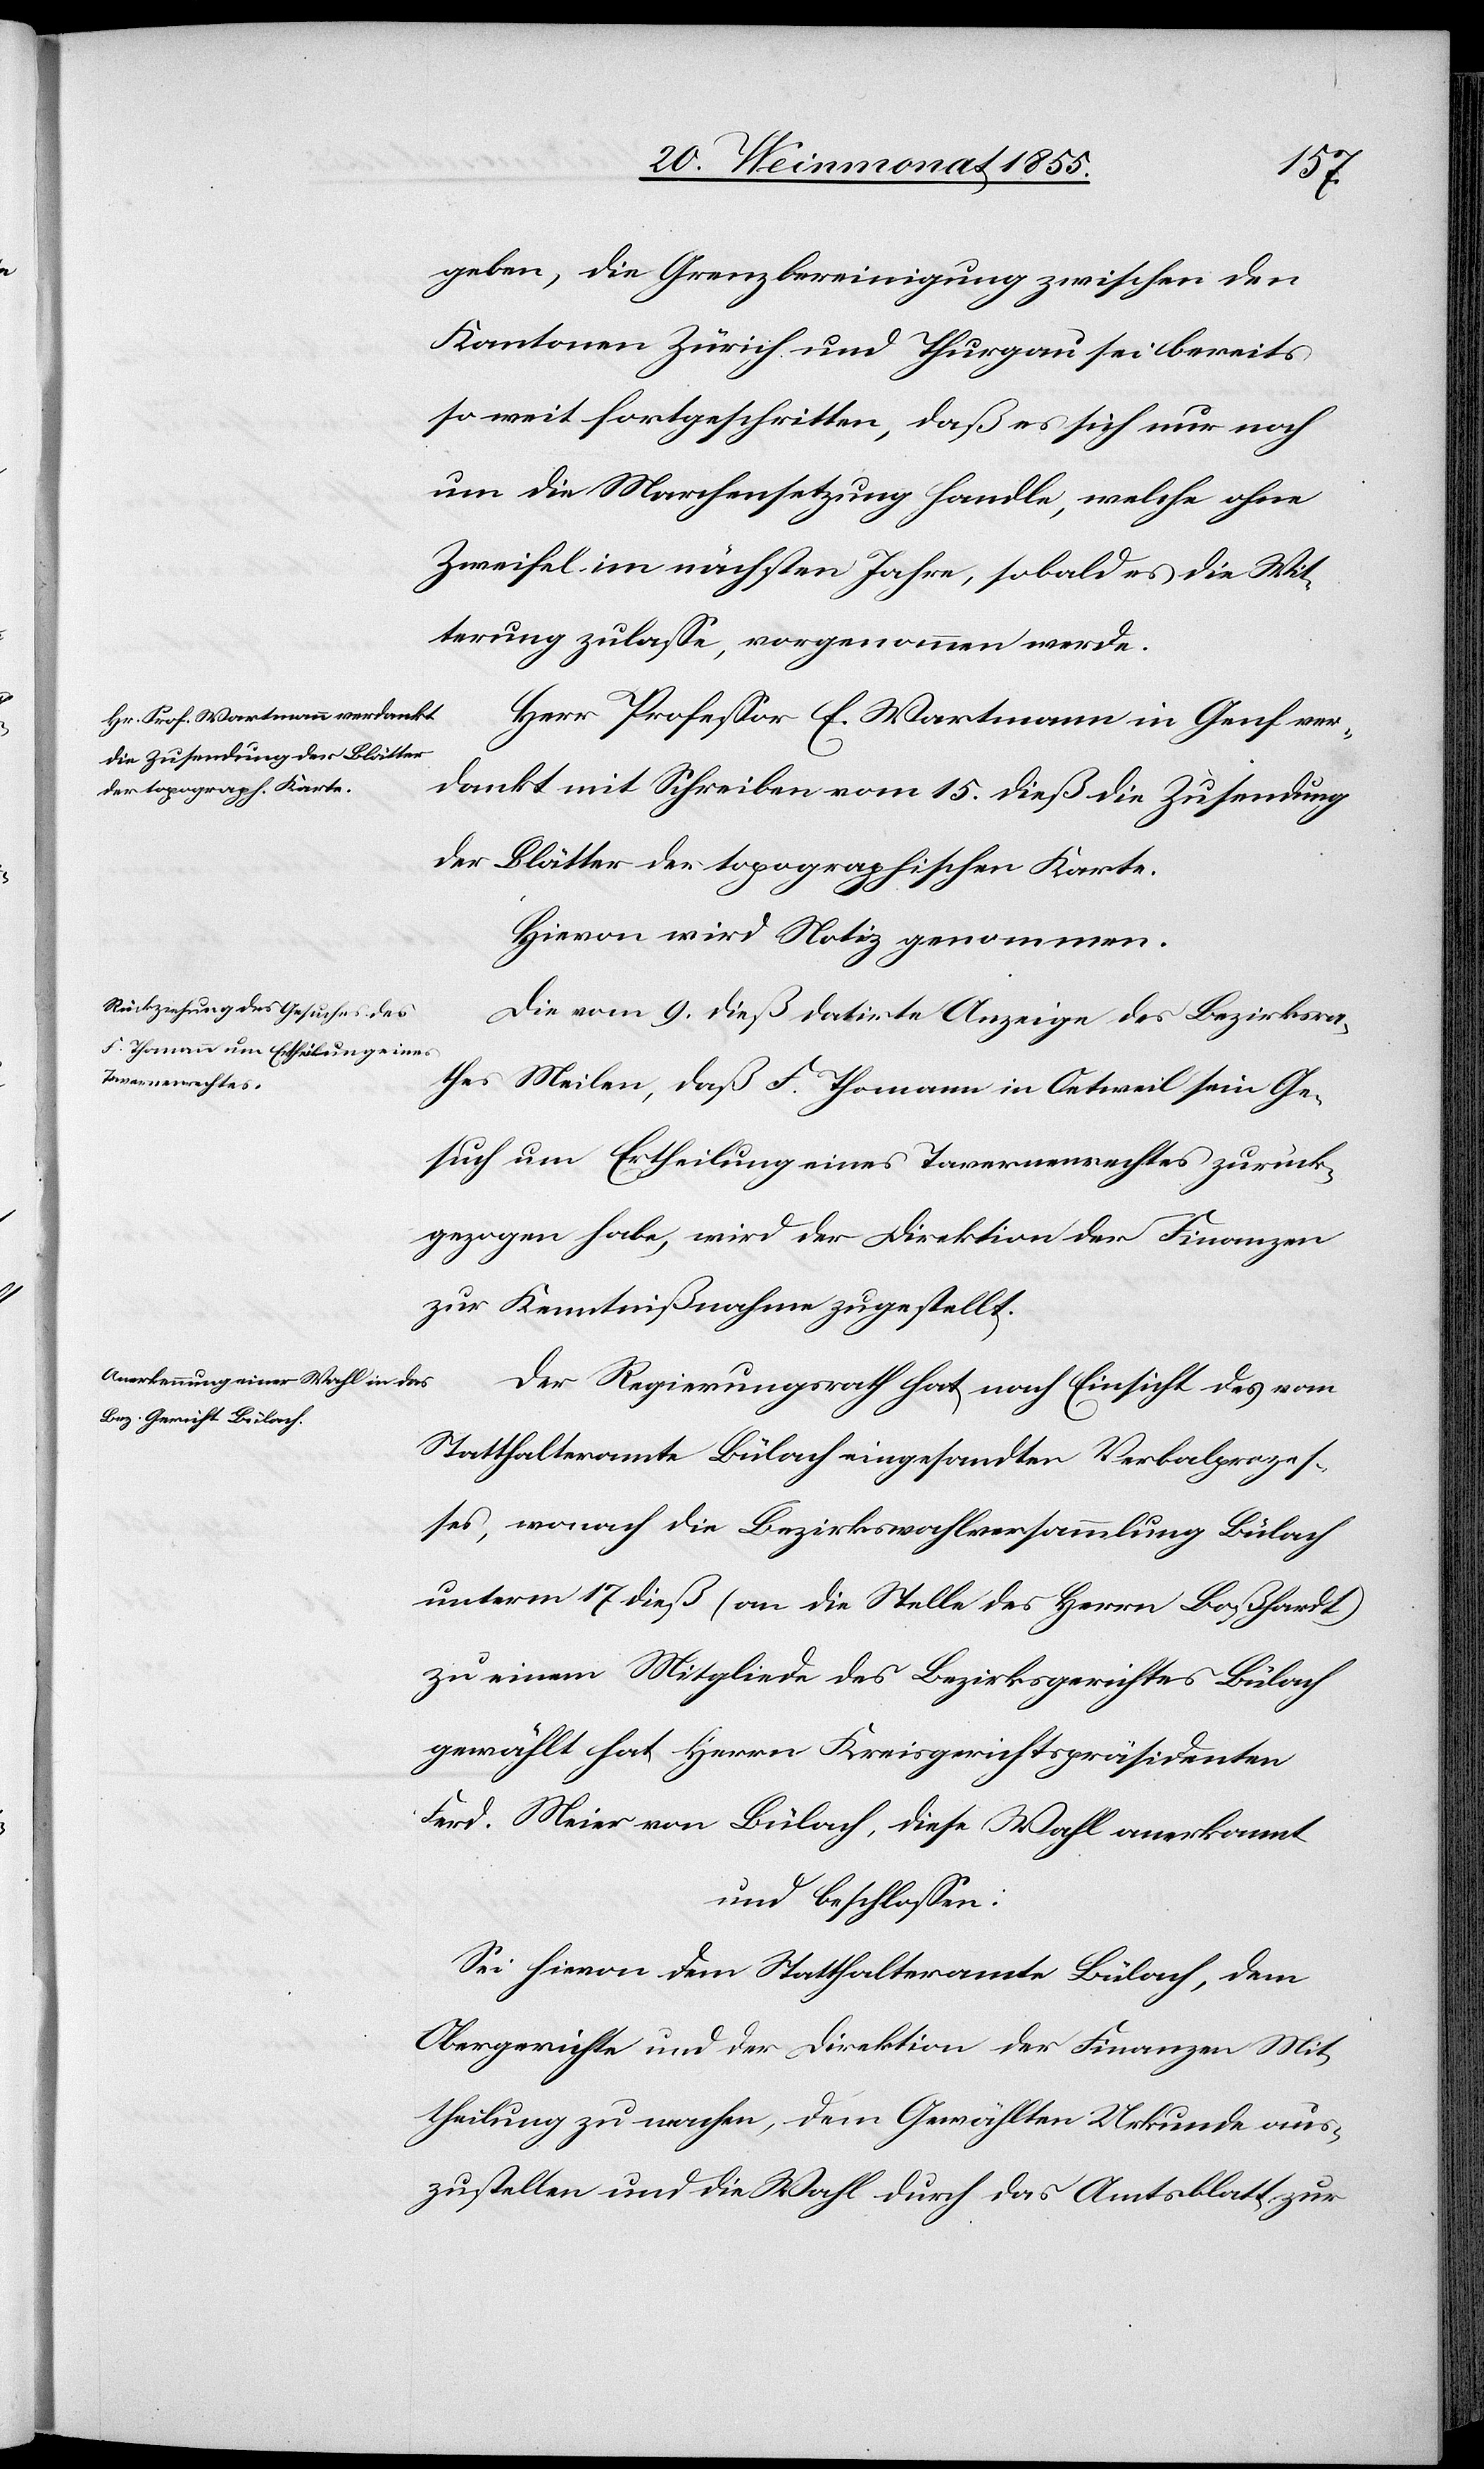
geben, die Grenzbereinigung zwischen den
Kantonen Zürich und Thurgau sei bereits
so weit fortgeschritten, daß es sich nur noch
um die Marchensetzung handle, welche ohne
Zweifel im nächsten Jahre, sobald es die Wit¬
terung zulasse, vorgenommen werde.
Herr Professor E. Wartmann in Genf ver¬
dankt mit Schreiben vom 15. dieß die Zusendung
der Blätter der topographischen Karte.
Hievon wird Notiz genommen.
Die vom 9. dieß datirte Anzeige des Bezirksra¬
thes Meilen, daß F. Thomann in Oetweil sein Ge¬
such um Ertheilung eines Tavernenrechtes zurück¬
gezogen habe, wird der Direktion der Finanzen
zur Kenntnißnahme zugestellt.
Der Regierungsrath hat, nach Einsicht des vom
Statthalteramte Bülach eingesandten Verbalprozes¬
ses, wonach die Bezirkswahlversammlung Bülach
unterm 17 dieß (an die Stelle des Herrn Boßhardt)
zu einem Mitgliede des Bezirksgerichtes Bülach
gewählt hat Herrn Kreisgerichtspräsidenten
Ferd. Meier von Bülach, diese Wahl anerkannt
und beschlossen:
Sei hievon dem Statthalteramte Bülach, dem
Obergerichte und der Direktion der Finanzen Mit¬
theilung zu machen, dem Gewählten Urkunde aus¬
zustellen und die Wahl durch das Amtsblatt zur